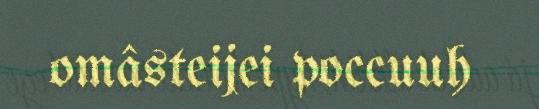
omâsteijei poccuuh